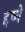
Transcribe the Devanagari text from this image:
द्दष्ये